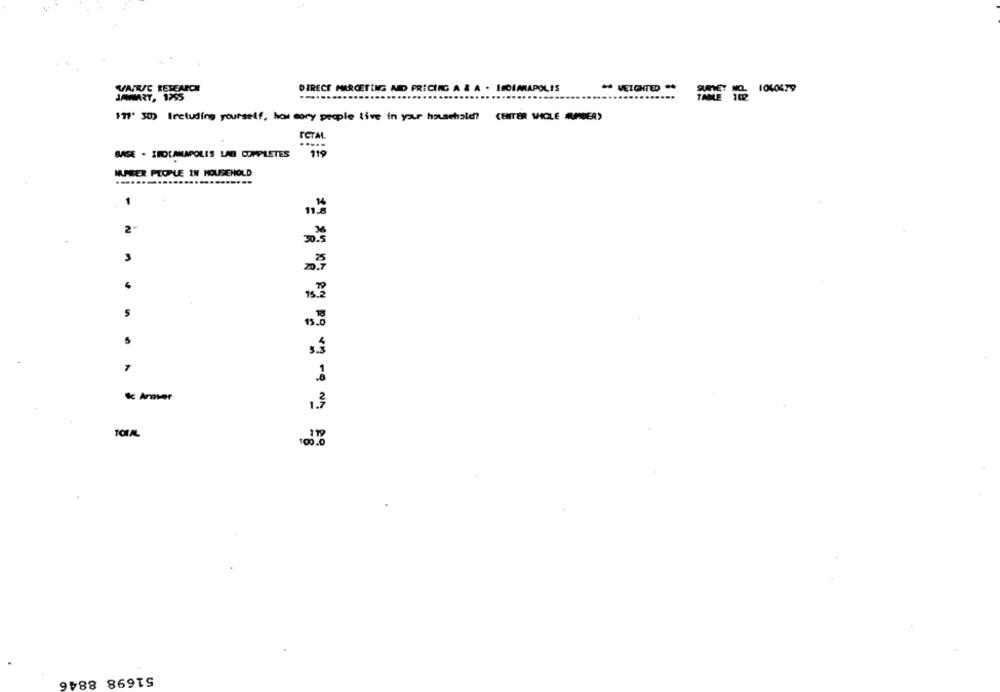
VAIRSC REPEATON
DIRECT MARKETING AND PRICING A & A . INDIANAPOLIS
JANUARY, 1995
THOLE 100 106.04.79
177' 50) Including yourself, how sory people live in your household? (ENTER WICLE APNEA)
ICTAL
BASE · INDIANAPOLIS LAB COMPLETES 119
MURRER PEOPLE IN HOUSEHOLD
1
2"
3
7
Sc Arver
TOTAL
51698 8846